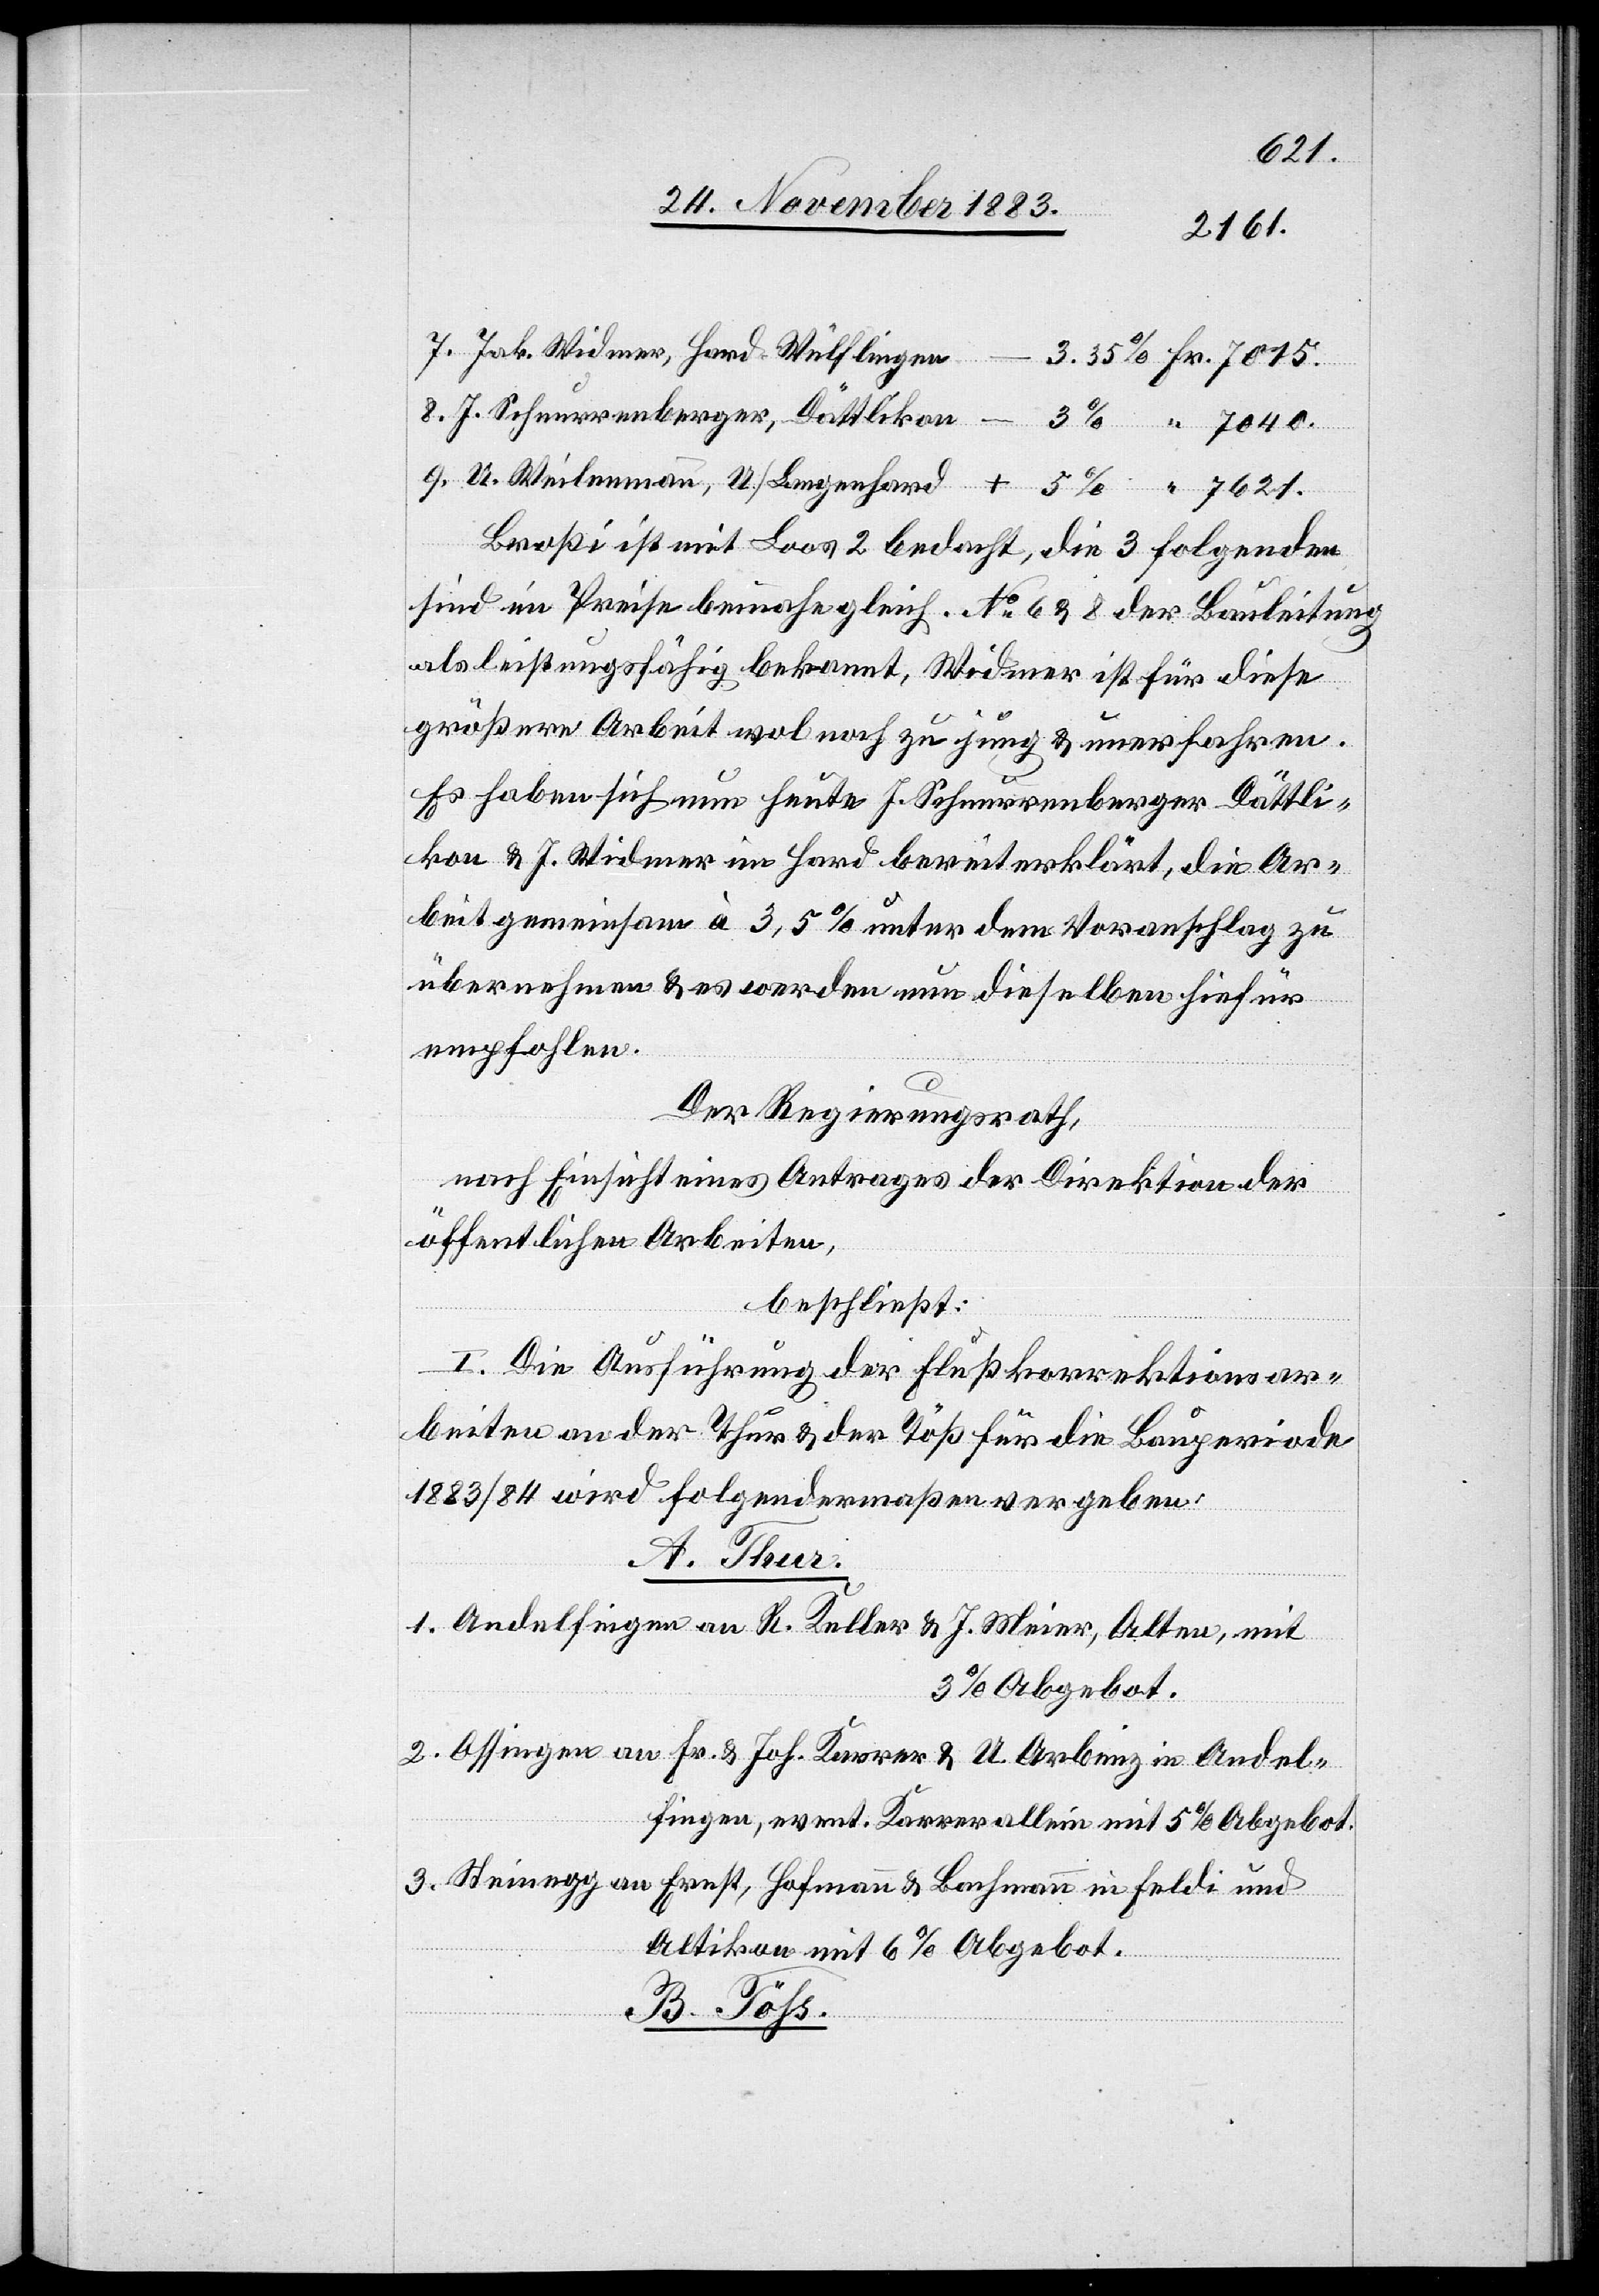
7621.
Broßi ist mit Loos 2 bedacht, die 3 folgenden
sind im Preise beinahe gleich. No 6 & 8 der Bauleitung
als leistungsfähig bekannt, Widmer ist für diese
größere Arbeit wol noch zu jung, & unerfahren.
Es haben sich nun heute J.Schnurrenberger Dättli¬
kon & J. Widmer im Hard bereiterklärt, die Ar¬
beit gemeinsam à 3,5% unter dem Voranschlag zu
übernehmen & es werden nun dieselben hiefür
+
empfohlen.
Der Regierungsrath,
nach Einsicht eines Antrages der Direktion der
öffentlichen Arbeiten,
beschließt:
I. Die Ausführung der Flußkorrektionsar¬
beiten an der Thur & der Töß für die Bauperiode
1883/84 wird folgendermaßen vergeben:
A. Thur.
1. Andelfingen an R. Keller & J. Maier, Olten, mit
3% Abgebot.
2. Ossingen an Fr. & Joh. Karrer & U. Arbenz in Andel¬
fingen, event. Karrer allein mit 5% Abgebot.
3. Steinegg an Ernst, Hofmann & Bachmann in Feldi und
Altikon mit 6% Abgebot.
B. Töß.